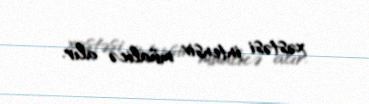
xəstəsi intensiv müalicə alır.